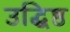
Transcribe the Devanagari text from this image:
उद्धिष्ठ